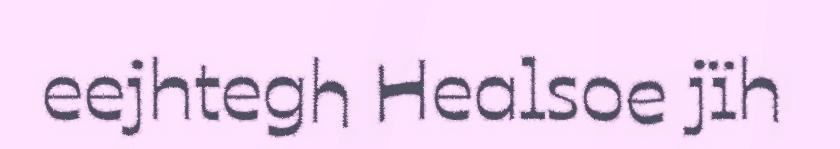
eejhtegh Healsoe jïh